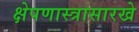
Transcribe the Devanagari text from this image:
क्षेपणास्त्रासारखे